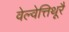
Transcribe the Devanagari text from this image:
वेल्वेत्तिथूरै